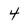
Character: 4